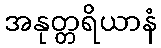
အနုတ္တရိယာနံ